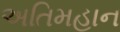
અતિમહાન